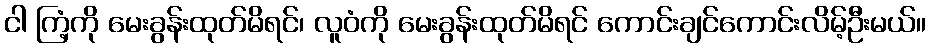
ငါ ကြံ့ကို မေးခွန်းထုတ်မိရင်၊ လူဝံကို မေးခွန်းထုတ်မိရင် ကောင်းချင်ကောင်းလိမ့်ဦးမယ်။